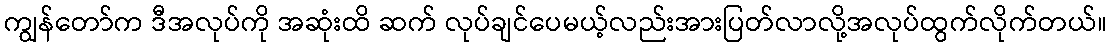
ကျွန်တော်က ဒီအလုပ်ကို အဆုံးထိ ဆက် လုပ်ချင်ပေမယ့်လည်းအားပြတ်လာလို့အလုပ်ထွက်လိုက်တယ်။